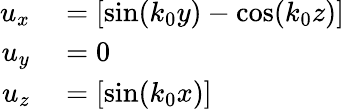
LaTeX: \begin{array}{rl}{u_{x}}&{{}=[\sin(k_{0}y)-\cos(k_{0}z)]}\\ {u_{y}}&{{}=0}\\ {u_{z}}&{{}=[\sin(k_{0}x)]}\end{array}